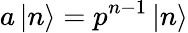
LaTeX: a\left|n\right\rangle=p^{n-1}\left|n\right\rangle